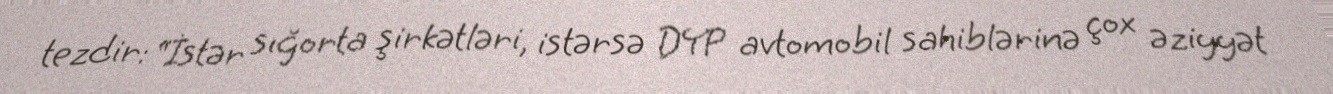
tezdir: “İstər sığorta şirkətləri, istərsə DYP avtomobil sahiblərinə çox əziyyət